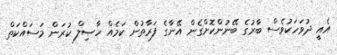
އެއީ ދުވަހަކުވެސް ބާރުގެ ބޭނުންކޮށްގެން އޭނާގެ ފަރާތުން ކަމެއް ހާޞިލް ކުރަން މަސައްކަތް